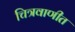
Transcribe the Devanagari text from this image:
चित्रवाणीत